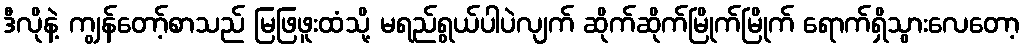
ဒီလိုနဲ့ ကျွန်တော့်စာသည် မြဖြဖူးထံသို့ မရည်ရွယ်ပါပဲလျက် ဆိုက်ဆိုက်မြိုက်မြိုက် ရောက်ရှိသွားလေတော့